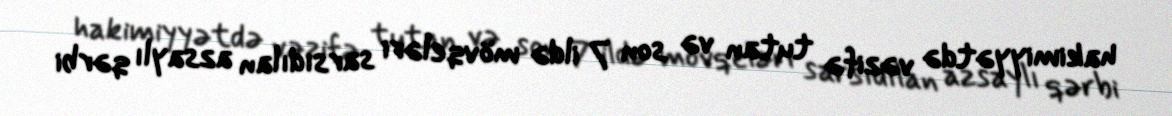
hakimiyyətdə vəzifə tutan və son 7 ildə mövqeləri sarsıdılan azsaylı qərbi